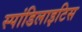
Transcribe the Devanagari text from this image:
स्पांडिलाइटिस